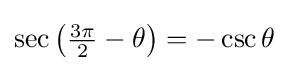
\sec \left({\tfrac {3\pi }{2}}-\theta \right)=-\csc \theta